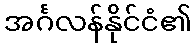
အင်္ဂလန်နိုင်ငံ၏